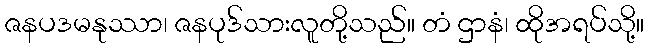
ဇနပဒမနုဿာ၊ ဇနပုဒ်သားလူတို့သည်။ တံ ဌာနံ၊ ထိုအရပ်သို့။